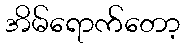
အိမ်ရောက်တော့